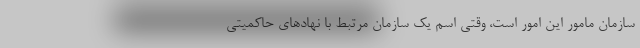
سازمان مامور این امور است، وقتی اسم یک سازمان مرتبط با نهادهای حاکمیتی